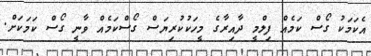
އެކަމަކު ގޯސް ކަމެއް ފިލްމީ ދާއިރާގެ މީހަކުކުރިޔަސް ގޯސްކަމެއް ވާނީ ގޯސް ކަމަކަށް.